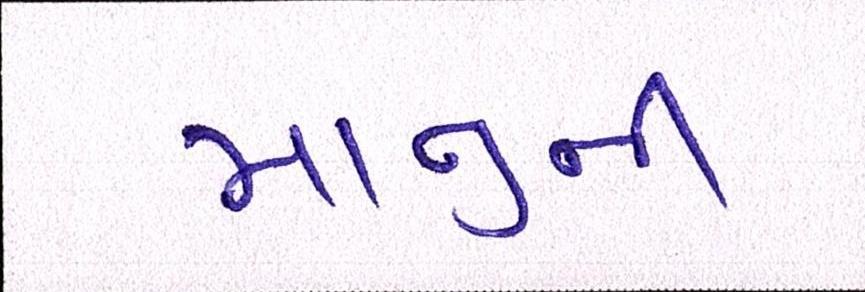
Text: માનુની